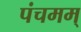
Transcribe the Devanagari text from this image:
पंचमम्